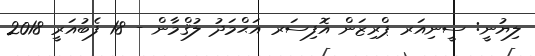
ލިޔުނީ: ސީނިއަރ ޕްރިޒަން އޮފިސަރ އަޙްމަދު ލުޤްމާން - 18 ފެބުއަރީ 2018